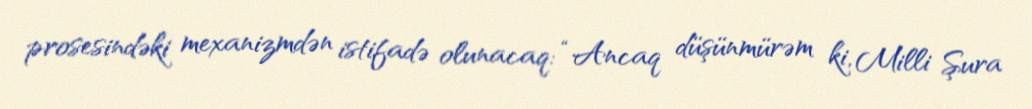
prosesindəki mexanizmdən istifadə olunacaq: “Ancaq düşünmürəm ki, Milli Şura